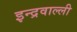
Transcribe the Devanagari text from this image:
इन्द्रवाल्ली